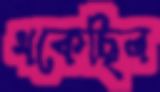
থকেছিল